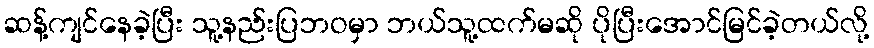
ဆန့်ကျင်နေခဲ့ပြီး သူ့နည်းပြဘဝမှာ ဘယ်သူ့ထက်မဆို ပိုပြီးအောင်မြင်ခဲ့တယ်လို့